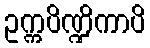
ဥက္ကပိဏ္ဍိကာပိ